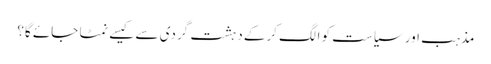
مذہب اور سیاست کو الگ کرکے دہشت گردی سے کیسے نمٹا جائے گا؟